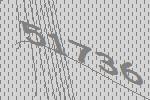
51736